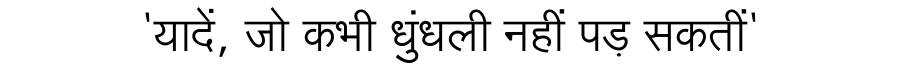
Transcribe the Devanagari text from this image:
'यादें, जो कभी धुंधली नहीं पड़ सकतीं'